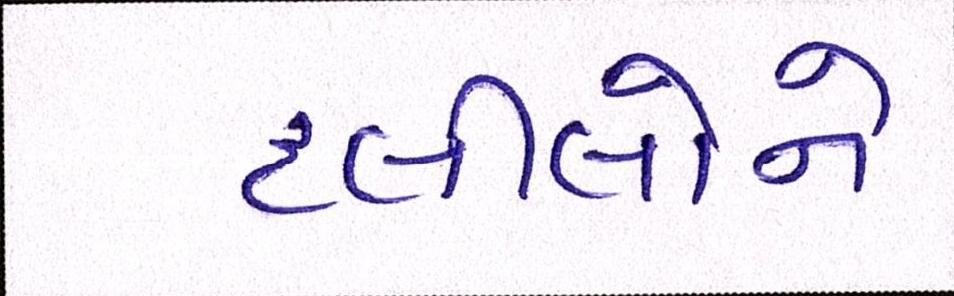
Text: દલીલોને